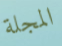
المجلة